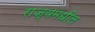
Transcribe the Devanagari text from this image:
राज्यमधील